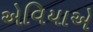
એવિયાએ